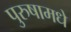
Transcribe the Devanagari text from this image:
पुरुषामधे